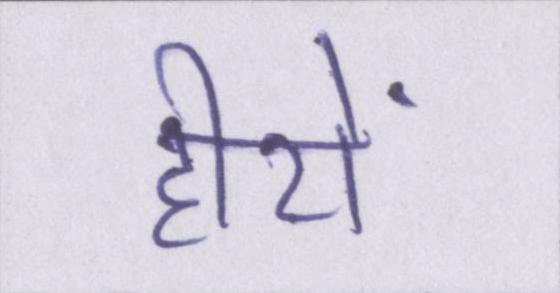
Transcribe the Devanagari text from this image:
हीरों